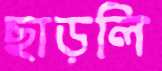
ছাড়লি